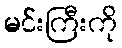
မင်းကြီးကို